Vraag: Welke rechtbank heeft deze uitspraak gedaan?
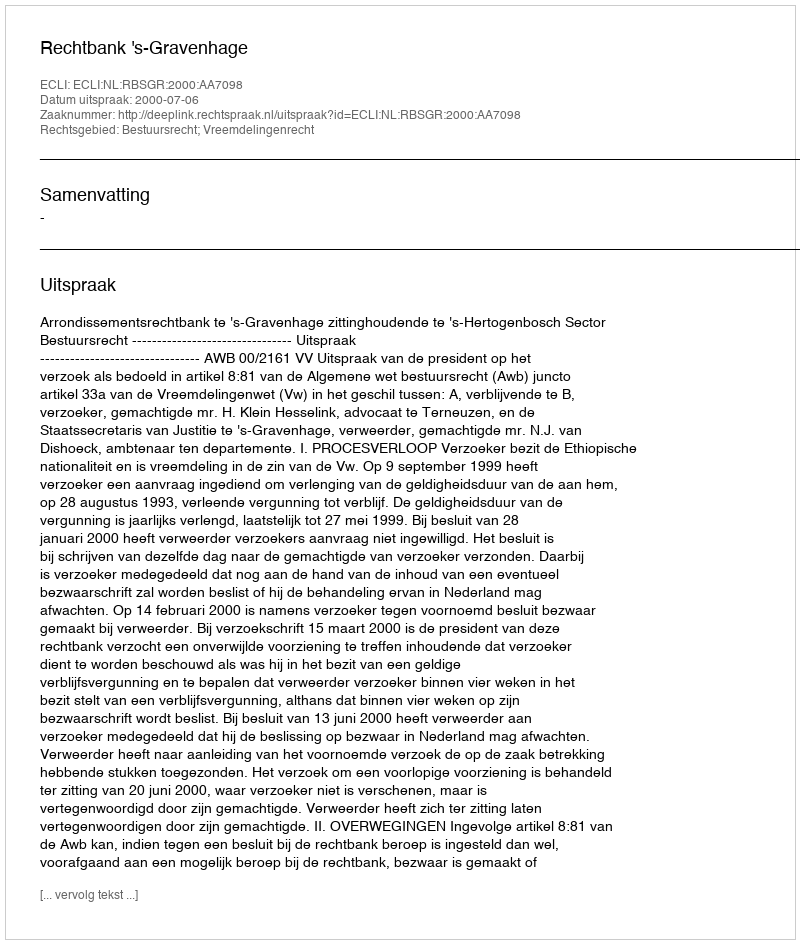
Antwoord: Rechtbank 's-Gravenhage